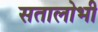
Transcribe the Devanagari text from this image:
सतालोभी